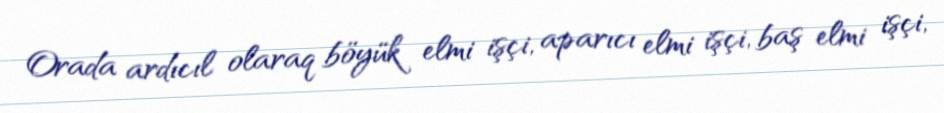
Orada ardıcıl olaraq böyük elmi işçi, aparıcı elmi işçi, baş elmi işçi,